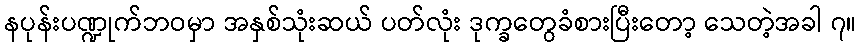
နပုန်းပဏ္ဍုက်ဘဝမှာ အနှစ်သုံးဆယ် ပတ်လုံး ဒုက္ခတွေခံစားပြီးတော့ သေတဲ့အခါ ၇။